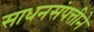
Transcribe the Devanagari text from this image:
साधनसंपत्तीने